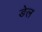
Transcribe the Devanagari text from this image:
ङेल